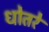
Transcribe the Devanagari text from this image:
धोतरे